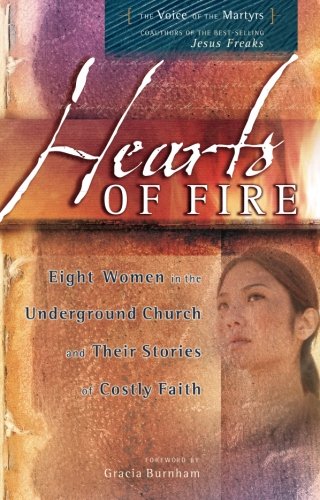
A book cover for Hearts of Fire: Eight Women in the Underground Church and Their Stories of Costly Faith; The Voice of the Martyrs; Christian Books & Bibles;